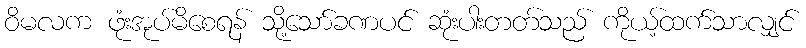
ဝိမလက ဖုံးအုပ်မိစေရန် သို့သော်ခဏပင် ဆုံးပါးတတ်သည် ကိုယ့်ထက်သာလျှင်